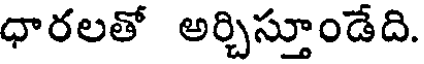
ధారలతో అర్చిస్తూండేది.